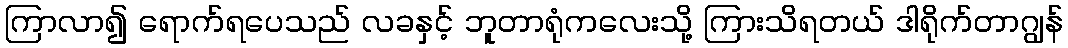
ကြာလာ၍ ရောက်ရပေသည် လခနှင့် ဘူတာရုံကလေးသို့ ကြားသိရတယ် ဒါရိုက်တာဂျွန်